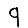
Digit: 9